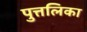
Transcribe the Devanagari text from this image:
पुत्तलिका